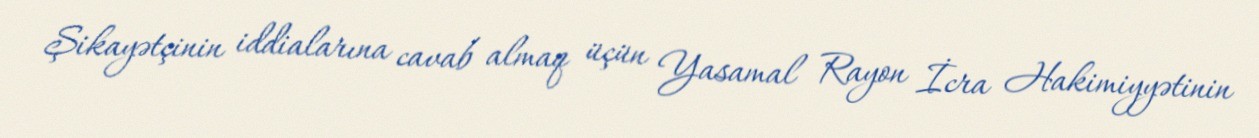
Şikayətçinin iddialarına cavab almaq üçün Yasamal Rayon İcra Hakimiyyətinin